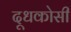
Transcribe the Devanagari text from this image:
दूधकोसी